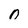
Character: 0